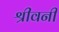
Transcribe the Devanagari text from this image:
श्रीवनी